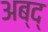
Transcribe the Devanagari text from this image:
अब्द्